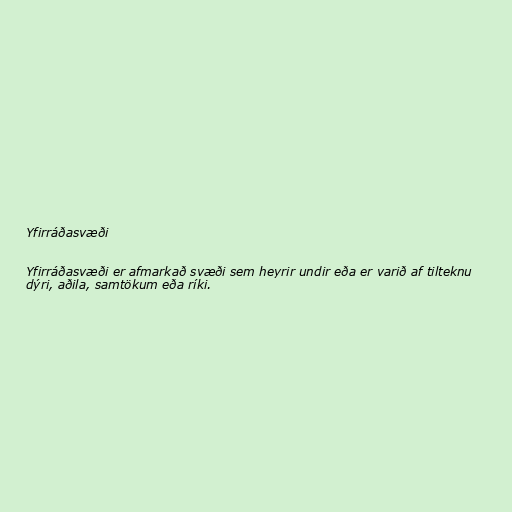
Yfirráðasvæði

Yfirráðasvæði er afmarkað svæði sem heyrir undir eða er varið af tilteknu
dýri, aðila, samtökum eða ríki.